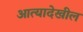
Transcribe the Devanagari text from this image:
आत्यादेखील